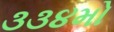
૩૩૪મો